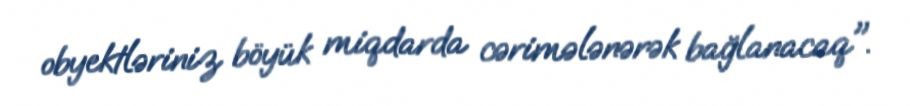
obyektləriniz böyük miqdarda cərimələnərək bağlanacaq".